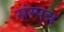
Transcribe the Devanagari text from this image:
संम्पन्न